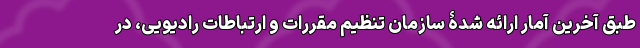
طبق آخرین آمار ارائه شدۀ سازمان تنظیم مقررات و ارتباطات رادیویی، در